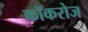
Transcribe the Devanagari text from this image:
कॉकरोज